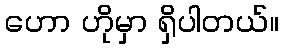
ဟော ဟိုမှာ ရှိပါတယ်။